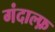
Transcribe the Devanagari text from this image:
गंदाल्फ़